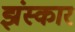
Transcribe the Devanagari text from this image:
झंस्कार